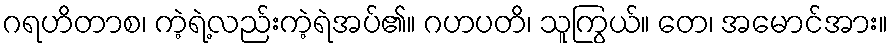
ဂရဟိတာစ၊ ကဲ့ရဲ့လည်းကဲ့ရဲအပ်၏။ ဂဟပတိ၊ သူကြွယ်။ တေ၊ အမောင်အား။